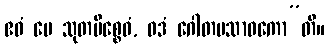
ဧဝံ မေ သုတမိစ္စေဝံ, ဝဒံ ဂေါတမသာဝကော”တိ။